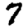
Digit: 7